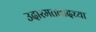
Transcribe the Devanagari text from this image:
उदारमतवादच्या